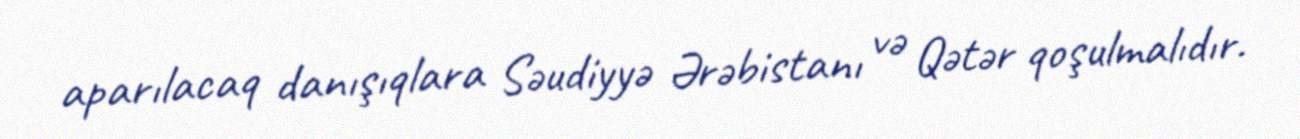
aparılacaq danışıqlara Səudiyyə Ərəbistanı və Qətər qoşulmalıdır.